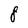
Character: 8